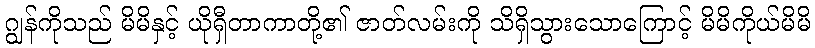
ဂျွန်ကိုသည် မိမိနှင့် ယိုရှီတာကာတို့၏ ဇာတ်လမ်းကို သိရှိသွားသောကြောင့် မိမိကိုယ်မိမိ